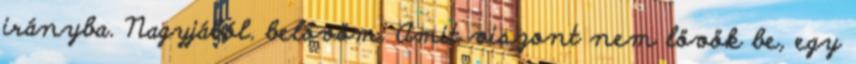
irányba. Nagyjából. belövöm. Amit viszont nem lövök be, egy